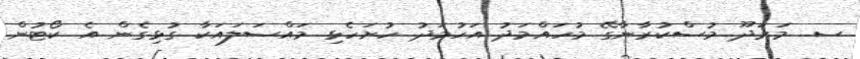
ސ. މަރަދޫ މުސްކުރާނާގޭ މުހައްމަދު އަހުމަދު ހުށަހެޅި މައްސަލައަކާ ގުޅިގެން އެ ކޯޓުން